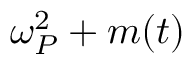
\omega _ { P } ^ { 2 } + m ( t )